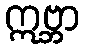
ဣဗ္ဘာ